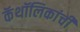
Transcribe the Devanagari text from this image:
कॅथॉलिकांची